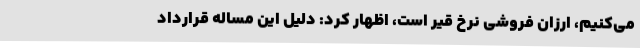
می‌کنیم، ارزان فروشی نرخ قیر است، اظهار کرد: دلیل این مساله قرارداد